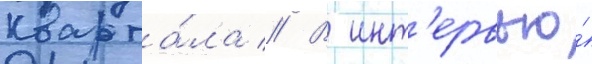
кварта́ла // В инт'ервью́